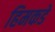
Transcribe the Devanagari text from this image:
हिमकडे